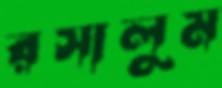
রসালুম